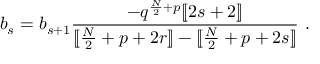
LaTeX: b _ { s } = b _ { s + 1 } { \frac { - q ^ { { \frac { N } { 2 } } + p } [ \! [ 2 s + 2 ] \! ] } { [ \! [ { \frac { N } { 2 } } + p + 2 r ] \! ] - [ \! [ { \frac { N } { 2 } } + p + 2 s ] \! ] } } \ .